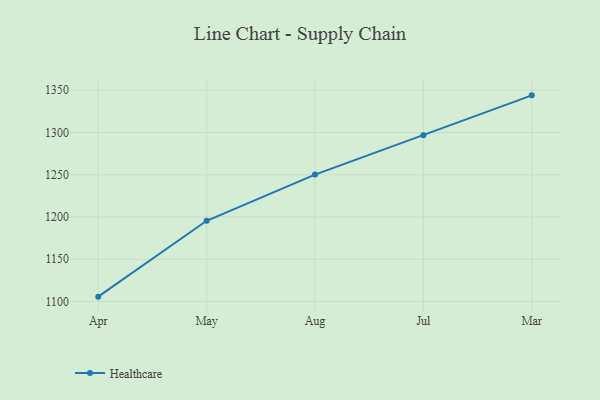
{"axis": {"x": "Month", "y": "Page Views"}, "legend": ["Healthcare"], "data": [{"x": "Apr", "y": 1105.7, "type": "Healthcare"}, {"x": "May", "y": 1195.5, "type": "Healthcare"}, {"x": "Aug", "y": 1250.2, "type": "Healthcare"}, {"x": "Jul", "y": 1296.9, "type": "Healthcare"}, {"x": "Mar", "y": 1344.0, "type": "Healthcare"}]}